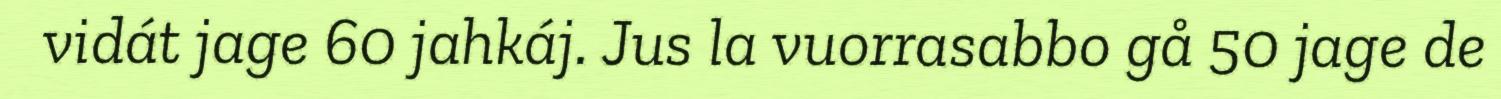
vidát jage 60 jahkáj. Jus la vuorrasabbo gå 50 jage de